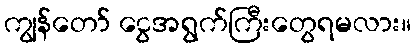
ကျွန်တော် ငွေအရွက်ကြီးတွေရမလား။